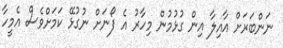
ނަންބަރަށް އާއިލާ އިން ގުޅުމުން މިހާރު އެ ފޯނަށް ނުގުޅޭ ކަމަށްވެސް އެމީހާ